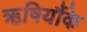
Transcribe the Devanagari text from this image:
ऋषियौंके